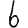
Digit: 6